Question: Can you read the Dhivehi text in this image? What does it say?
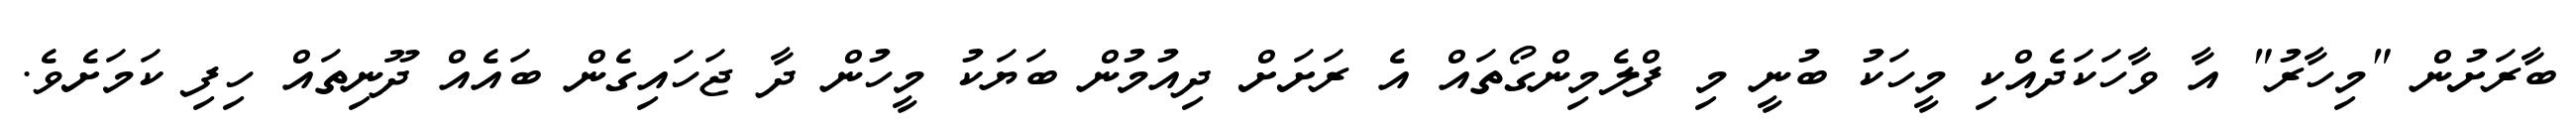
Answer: ބާރަށުން "މިހާރު" އާ ވާހަކަދެއްކި މީހަކު ބުނީ މި ފްލެމިންގޯތައް އެ ރަށަށް ދިއުމުން ބަޔަކު މީހުން ދާ ޖަހައިގެން ބައެއް ދޫނިތައް ހިފި ކަމަށެވެ.